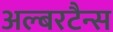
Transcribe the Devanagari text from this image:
अल्बरटैन्स